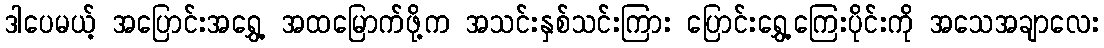
ဒါပေမယ့် အပြောင်းအရွှေ့ အထမြောက်ဖို့က အသင်းနှစ်သင်းကြား ပြောင်းရွှေ့ကြေးပိုင်းကို အသေအချာလေး